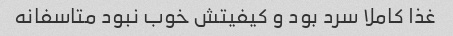
غذا کاملا سرد بود و کیفیتش خوب نبود متاسفانه